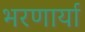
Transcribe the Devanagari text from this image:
भरणार्या